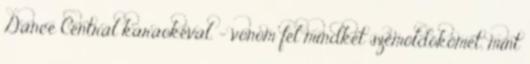
Dance Centrál karaokéval. - vonom fel mindkét szemöldökömet, mint